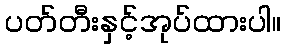
ပတ်တီးနှင့်အုပ်ထားပါ။